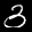
Label: 3